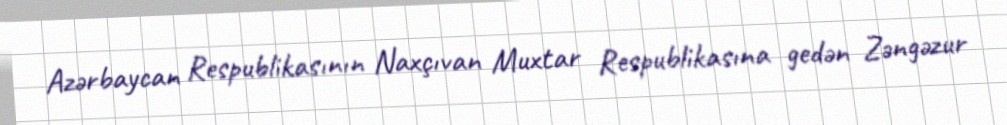
Azərbaycan Respublikasının Naxçıvan Muxtar Respublikasına gedən Zəngəzur